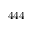
4 4 4